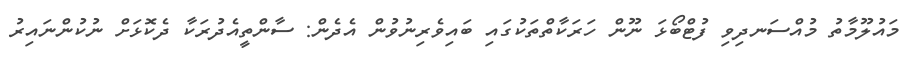
މައުލޫމާތު މުއްސަނދިވި ފުޓްބޯޅަ ނޫން ހަރަކާތްތަކުގައި ބައިވެރިނުވުން އެދެން: ސާންތީއެދުރަކާ ދެކޮޅަށް ނުކުންނައިރު